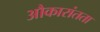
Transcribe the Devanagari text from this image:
औकारांतता